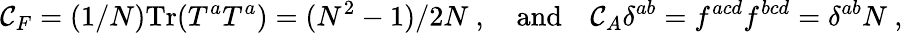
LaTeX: \mathcal{C}_{F}=(1/N)\mathrm{{Tr}}(T^{a}T^{a})=(N^{2}-1)/2N\ ,\quad\mathrm{{and}}\quad\mathcal{C}_{A}\delta^{ab}=f^{acd}f^{bcd}=\delta^{ab}N\ ,